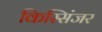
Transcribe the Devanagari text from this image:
किस्सिंजर